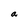
Character: a